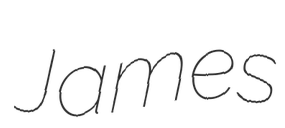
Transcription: James